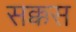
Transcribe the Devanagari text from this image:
सक्कस